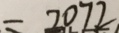
= 2 0 7 2